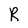
Character: R